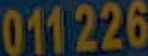
011226